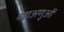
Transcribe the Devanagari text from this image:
महाअणुओं